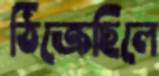
ঠিক্‌রেছিলে